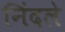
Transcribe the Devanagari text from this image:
निंदले